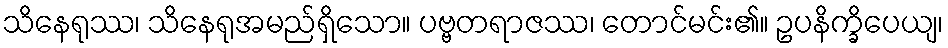
သိနေရုဿ၊ သိနေရုအမည်ရှိသော။ ပဗ္ဗတရာဇဿ၊ တောင်မင်း၏။ ဥပနိက္ခိပေယျ၊